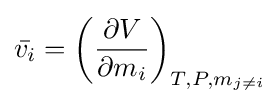
{\bar {v_{i}}}=\left({\frac {\partial V}{\partial m_{i}}}\right)_{T,P,m_{j\neq i}}